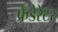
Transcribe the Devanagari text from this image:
फ्रेडेरेटर